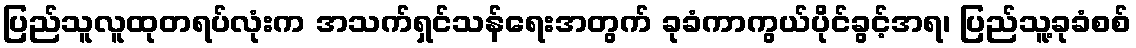
ပြည်သူလူထုတရပ်လုံးက အသက်ရှင်သန်ရေးအတွက် ခုခံကာကွယ်ပိုင်ခွင့်အရ၊ ပြည်သူ့ခုခံစစ်